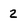
Character: 2